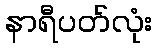
နာရီပတ်လုံး